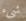
شيء